Annual administration report of the Civil Veterinary Department of India - 1898-1899
Year: 1898
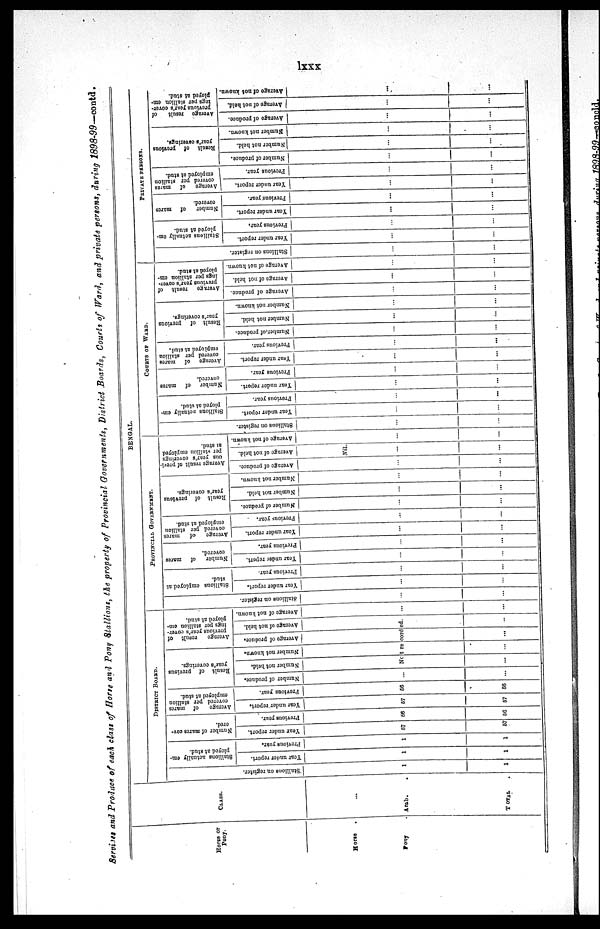
lxx
Services and Produce of each class of Horse and Pony Stallions, the property of Provincial Governments, District Boards, Courts of Ward, and private persons, during 1898-99—contd.
Horse or
Pony.
Horse .
Pony .
CLASS.
...
Arab.
TOTAL .
BENGAL.
DISTRICT BOARD.
Stallions on register.
1
1
Stallions actually em-
ployed at stud.
Year under report.
1
1
Previous year.
1
1
Number of mares
cov-
ered.
Year under report.
57
57
Previous year.
56
56
Average of mares
covered per stallion
employed at stud.
Year under report.
57
57
Previous year.
56
56
Result of previous
year's coverings.
Number of produce.
...
...
Number not held.
Number not known.
Average
result of
previous year's cover-
ings per stallion em-
ployed at stud.
Average
of produce.
Average
of not held.
Average of not known.
Not recorded.
... ... ...
...
...
PROVINCIAL GOVERNMENT.
Stallions on register.
...
...
Stallions employed at
stud.
Year under report,
...
...
Previous year.
...
...
Number
of mares
covered.
Year under report.
...
...
Previous year.
......
...
Average
of
mares
covered per stallion
employed at stud.
Year under report.
...
...
Previous year. .
...
...
Result
of previous
year's coverings.
Number of produce.
...
...
Number not hold.
...
...
Number
not known.
...
...
Average
result of previ-
ous year's coverings
per stallion employed
at stud.
Average
of produce.
...
...
Average of not held.
Nil.
...
...
Average of not known.
...
...
COURTS OF WARD.
Stallions on register.
...
...
Stallions actually em-
ployed at stud.
Year under report.
...
...
Previous year.
...
...
Number of mares
covered.
Year under report.
...
...
Previous year.
...
...
Average
of mares
covered per stallion
employed at stud.
Year under report.
...
...
Previous year.
...
...
Result of previous
year's coverings.
Number, of produce
...
...
Number not held.
...
...
Number not known.
...
...
Average
result of
previous
year's cover-
ings per stallion em-
ployed at stud.
Average of produce.
...
...
Average of not held.
...
...
Average of not known.
...
...
PRIVATE PERSONS.
Stallions on register.
...
...
Stallions actually em-
ployed at stud.
Year under report.
...
...
Previous year.
...
...
Number
of marcs
covered.
Year under report.
...
...
Previous year.
...
...
Average
of mares
covered per stallion
employed at stud.
Year under report.
...
...
Previous year.
...
...
Result of previous
year's coverings.
Number of produce.
...
...
Number not held.
...
...
Number not known.
...
...
Average
result
of
previous year's cover-
ings per stallion em-
ployed at stud.
Average
of produce.
...
...
Average
of not held.
...
...
Average of not known.
...
...